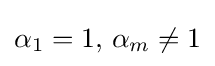
\alpha _{1}=1,\,\alpha _{m}\neq 1